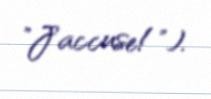
"J'accuse!").